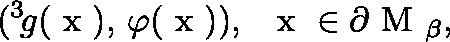
( ^ { 3 } \! g ( \mathrm { \boldmath ~ x ~ } ) , \, \varphi ( \mathrm { \boldmath ~ x ~ } ) ) , \; \; \mathrm { \boldmath ~ x ~ } \in \partial \mathrm { \boldmath ~ M ~ } _ { \beta } ,